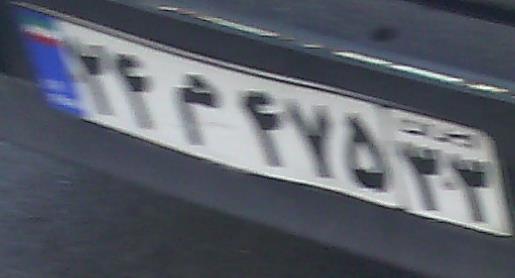
۲۴م۴۷۵۳۳